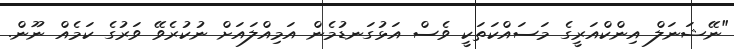
"ނޭޝަނަލް އިންކްއަރީގެ މަސައްކަތަކީ ވެސް އަޅުގަނޑުމެން އަމިއްލައަށް ނުކުރެވޭ ވަރުގެ ކަމެއް ނޫން.